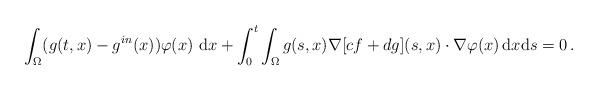
LaTeX: \begin{align*}\int_\Omega (g(t,x)-g^{in}(x)) \varphi(x)\ \mathrm{d}x + \int_0^t \int_\Omega g(s,x) \nabla[cf + dg ](s,x) \cdot \nabla\varphi(x)\, \mathrm{d}x\mathrm{d}s =0\,. \end{align*}